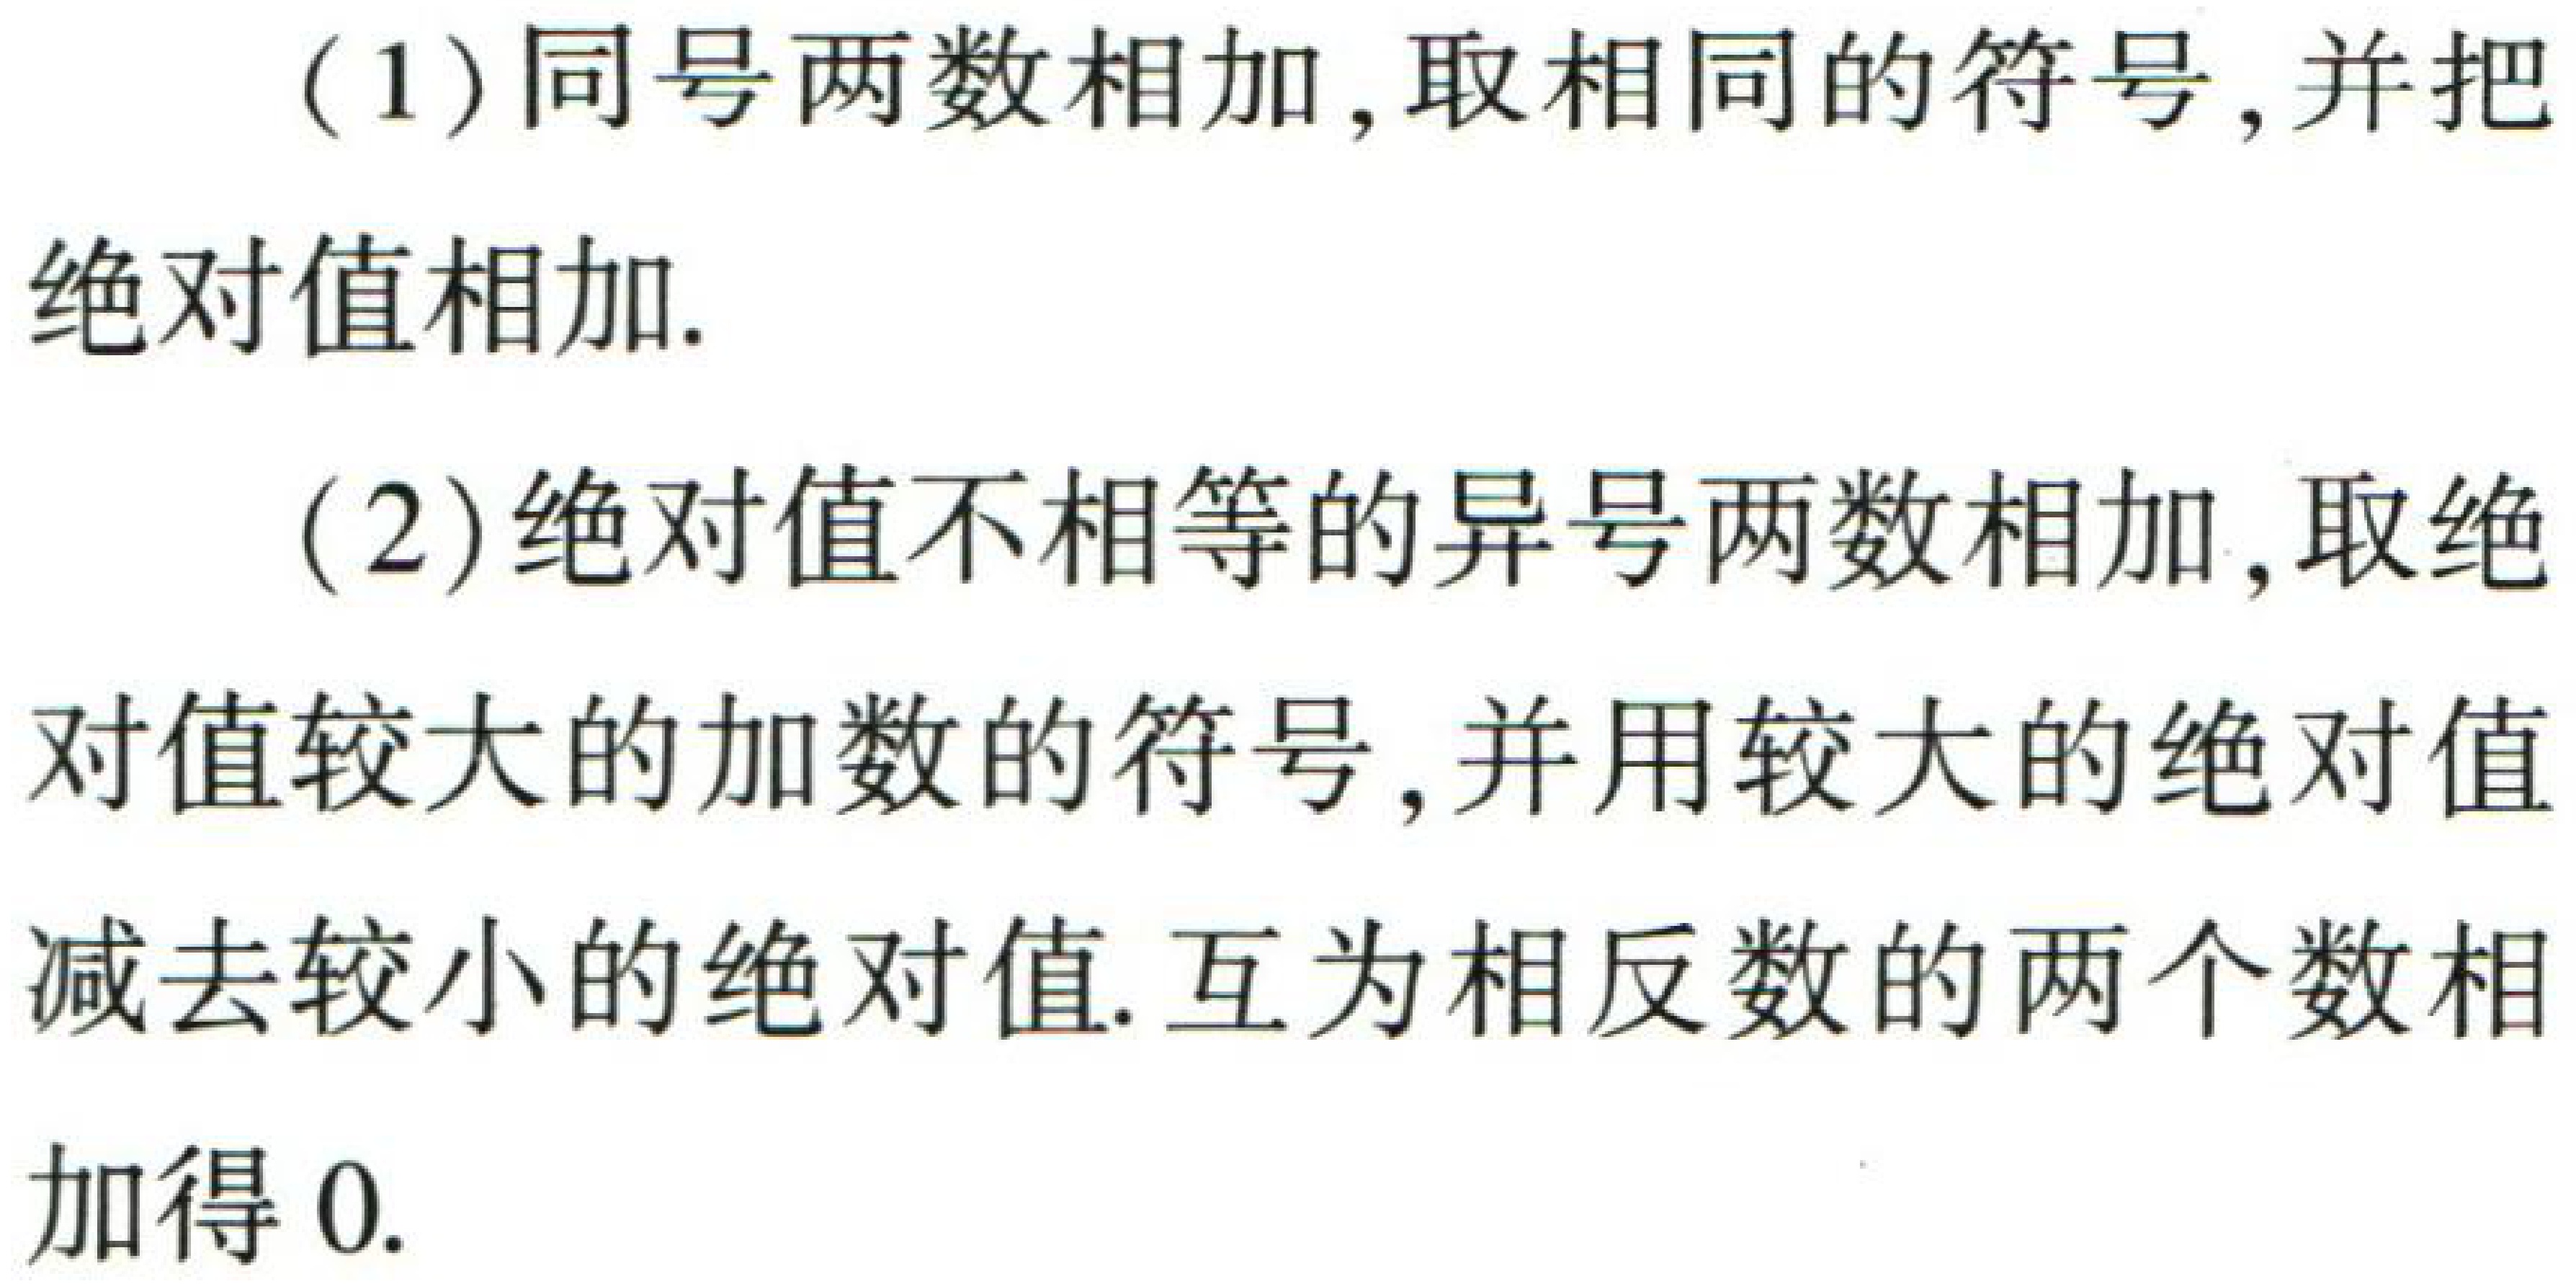
（1）同号两数相加，取相同的符号，并把绝对值相加.
（2）绝对值不相等的异号两数相加，取绝对值较大的加数的符号，并用较大的绝对值减去较小的绝对值. 互为相反数的两个数相加得\(0\).